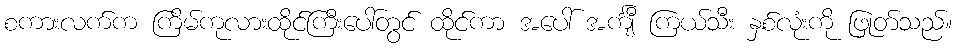
စကားလက်က ကြိမ်ကုလားထိုင်ကြီးပေါ်တွင် ထိုင်ကာ အပေါ် အင်္ကျီ ကြယ်သီး နှစ်လုံးကို ဖြုတ်သည်။